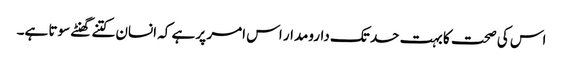
اس کی صحت کا بہت حد تک دارومدار اس امر پر ہے کہ انسان کتنے گھنٹے سوتا ہے۔